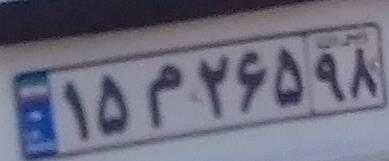
۱۵م۲۶۵۹۸